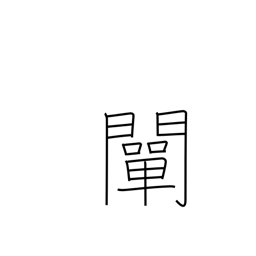
Meaning: clarify